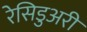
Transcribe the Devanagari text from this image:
रेसिडुअरी